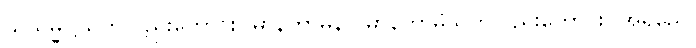
သုသမ္မုဋ္ဌသုတ်လည်းကောင်း။ မာနကာမိနာ၊ မာနကာမိသုတ်လည်းကောင်း။ အရညေ၊